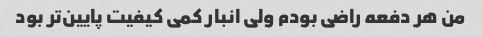
من هر دفعه راضی بودم ولی انبار کمی کیفیت پایین‌تر بود